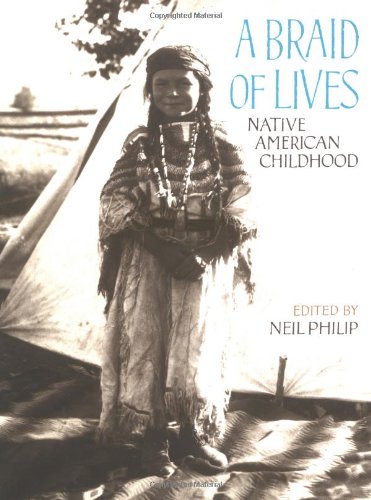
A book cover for A Braid of Lives: Native American Childhood; Teen & Young Adult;